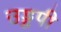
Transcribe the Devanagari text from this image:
उड्डपी